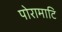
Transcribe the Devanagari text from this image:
पोरामाटि